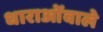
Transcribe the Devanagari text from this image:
धाराओंवाले